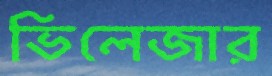
ভিলেজার